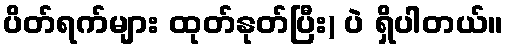
ပိတ်ရက်များ ထုတ်နုတ်ပြီး) ပဲ ရှိပါတယ်။